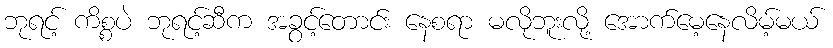
ဘုရင့် ကိစ္စပဲ ဘုရင့်ဆီက အခွင့်တောင်း နေစရာ မလိုဘူးလို့ အောက်မေ့နေလိမ့်မယ်